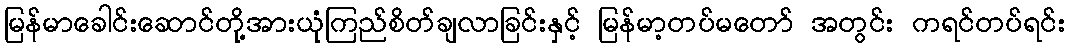
မြန်မာခေါင်းဆောင်တို့အားယုံကြည်စိတ်ချလာခြင်းနှင့် မြန်မာ့တပ်မတော် အတွင်း ကရင်တပ်ရင်း